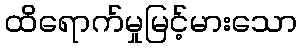
ထိရောက်မှုမြင့်မားသော